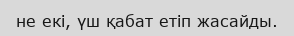
не екі, үш қабат етіп жасайды.